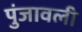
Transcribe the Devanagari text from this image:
पुंजावली